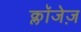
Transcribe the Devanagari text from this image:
क्लॉजेज़